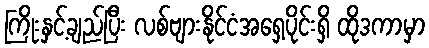
ကြိုးနှင့်ချည်ပြီး လစ်ဗျားနိုင်ငံအရှေ့ပိုင်းရှိ ထိုဒကာမှာ